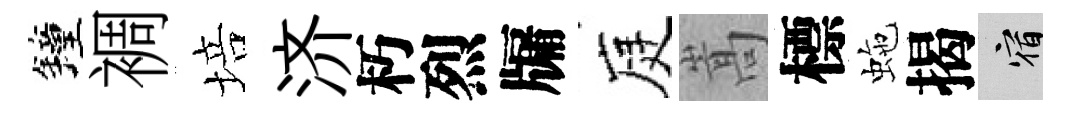
鐘裯培济朽烈牖庭嵩標虵揭宿